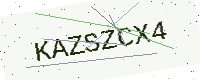
Text: KAZSZCX4